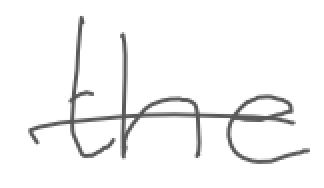
Text: the
Cross-out: single-line
Writing tool: digital_gray